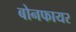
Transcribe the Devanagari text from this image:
बोनफायर